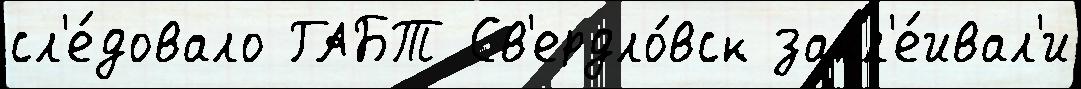
сл'е́довало ГАБТ Св'ердло́вск закл'е́ивал'и